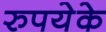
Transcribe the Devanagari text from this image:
रुपयेके